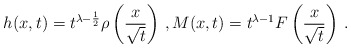
\begin{align*} h(x,t) = t^{\lambda-\frac{1}{2}} \rho \left(\frac{x}{\sqrt{t}}\right) \, , M(x,t) = t^{\lambda-1} F\left(\frac{x}{\sqrt{t}} \right) \, .\end{align*}